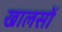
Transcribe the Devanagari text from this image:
खालसों